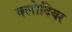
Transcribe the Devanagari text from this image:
क्लोदियर